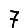
Digit: 7